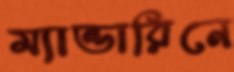
ম্যান্ডারিনে